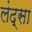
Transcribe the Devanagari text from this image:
लंद्सा